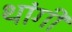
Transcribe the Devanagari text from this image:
थांगी